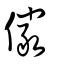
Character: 儼